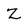
Character: Z